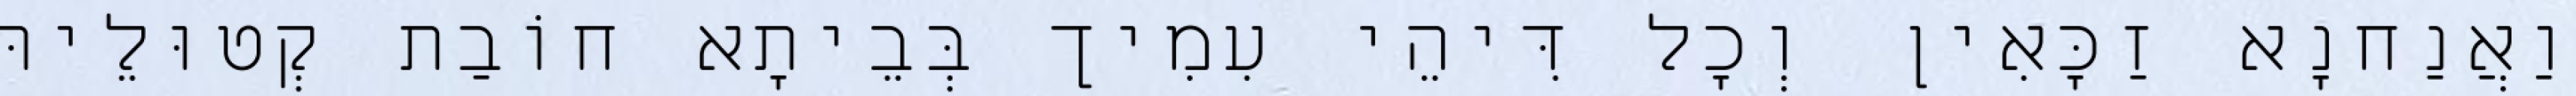
וַאֲנַחנָא זַכָּאִין וְכָל דִּיהֵי עִמִיך בְּבֵיתָא חוֹבַת קְטוּלֵיהּ